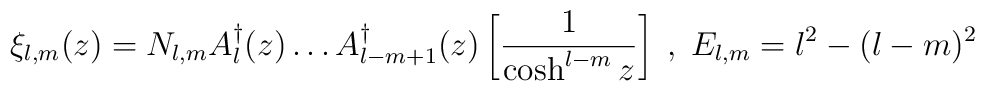
\xi _{l,m}(z)=N_{l,m}A_{l}^{\dagger }(z)\dots A_{l-m+1}^{\dagger }(z)\left[ \frac{1}{\cosh ^{l-m}z}\right] \; ,\; E_{l,m}=l^{2}-(l-m)^{2}